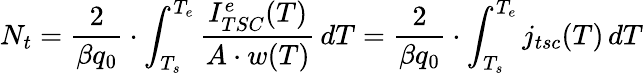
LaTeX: N_{t}=\frac{2}{\beta q_{0}}\cdot\int_{T_{s}}^{T_{e}}\frac{I_{TSC}^{e}(T)}{A\cdot w(T)}\, dT=\frac{2}{\beta q_{0}}\cdot\int_{T_{s}}^{T_{e}}j_{tsc}(T)\, dT